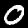
Digit: 0